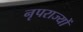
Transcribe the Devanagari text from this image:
नृपराज्यों